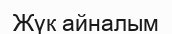
Жүк айналым